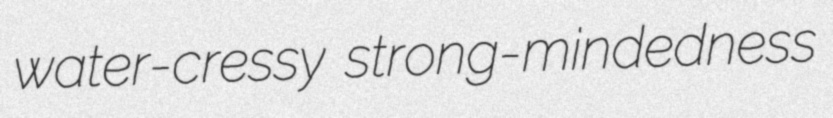
water-cressy strong-mindedness